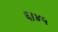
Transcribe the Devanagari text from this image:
६।४५